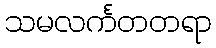
သမလင်္ကတတရာ